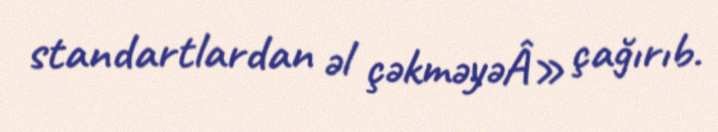
standartlardan əl çəkməyəÂ» çağırıb.